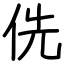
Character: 侁